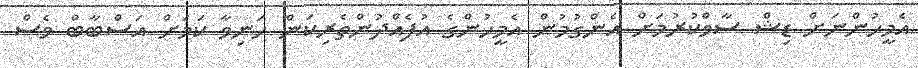
އެމީހުންނަށް ޑިޝް ސާވްކުރުމަށް އެންގުމުން އެމީހުންގެ އުފެއްދުންތެރިކަން ހަނިވާ ކަމަށް އަސްބާބް ވެސް